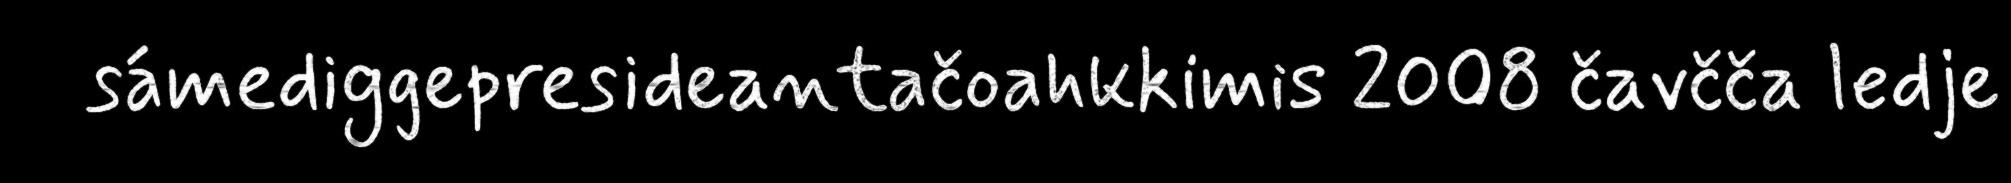
sámediggepresideantačoahkkimis 2008 čavčča ledje